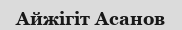
Айжігіт Асанов